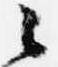
々